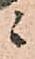
ニ